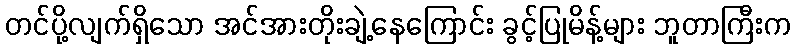
တင်ပို့လျက်ရှိသော အင်အားတိုးချဲ့နေကြောင်း ခွင့်ပြုမိန့်များ ဘူတာကြီးက